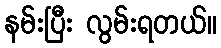
နမ်းပြီး လွမ်းရတယ်။